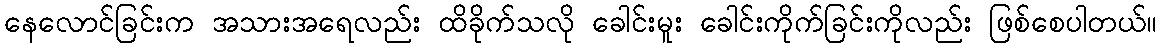
နေလောင်ခြင်းက အသားအရေလည်း ထိခိုက်သလို ခေါင်းမူး ခေါင်းကိုက်ခြင်းကိုလည်း ဖြစ်စေပါတယ်။